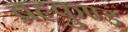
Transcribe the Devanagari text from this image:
ब्रहृकुण्ड